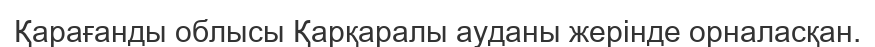
Қарағанды облысы Қарқаралы ауданы жерінде орналасқан.